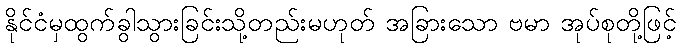
နိုင်ငံမှထွက်ခွါသွားခြင်းသို့တည်းမဟုတ် အခြားသော ဗမာ အုပ်စုတို့ဖြင့်